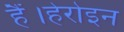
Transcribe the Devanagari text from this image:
हैं।हेरोइन